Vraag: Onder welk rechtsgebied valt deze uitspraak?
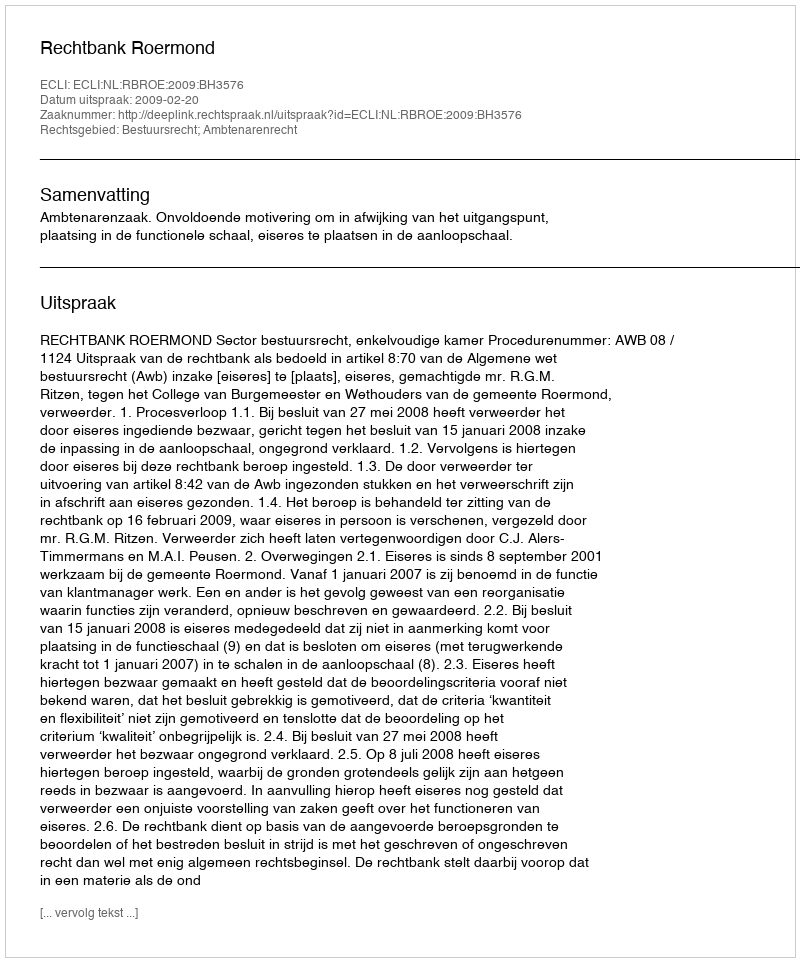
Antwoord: Bestuursrecht; Ambtenarenrecht